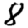
Digit: 8